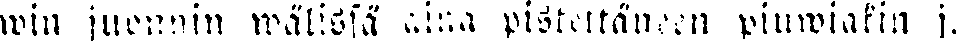
win juonnin wälissä aina pistettäneen piuwiakin j.